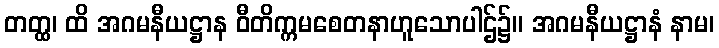
တတ္ထ၊ ထိ အဂမနီယဋ္ဌာန ဝီတိက္ကမစေတနာဟူသောပါဌ်၌။ အဂမနီယဋ္ဌာနံ နာမ၊